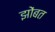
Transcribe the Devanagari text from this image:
झोंबत